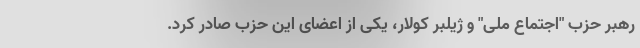
رهبر حزب "اجتماع ملی" و ژیلبر کولار، یکی از اعضای این حزب صادر کرد.